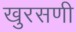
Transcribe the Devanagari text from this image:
खुरसणी